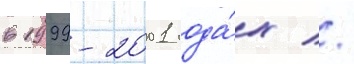
в 1999-2001 года́х //